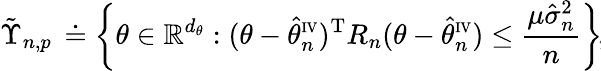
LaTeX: {\tilde{\Upsilon}}_{n,p}\, \doteq\left\{ \theta\in\mathbb{R}^{d_{\theta}}:(\theta-\hat{\theta}_{n}^{\scriptscriptstyle\mathrm{IV}})^{\mathrm{T}}R_{n}(\theta-\hat{\theta}_{n}^{\scriptscriptstyle\mathrm{IV}})\leq\frac{\mu\hat{\sigma}_{n}^{2}}{n}\right\} \! ,\!